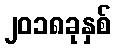
၂၀၁၈ခုနှစ်